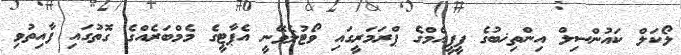
ލޯކަލް ކައުންސިލް އިންތިޚބުގެ ޕީޕީއެމްގެ ޕްރަމަރީގައި ވޯޓުލެވޭނީ އެޕާޓީގެ މެމްބަރެއްގެ ގޮތުގައި ފާއިތުވި